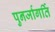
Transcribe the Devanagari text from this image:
पुनर्जागर्ति